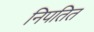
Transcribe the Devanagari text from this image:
निपतित